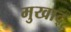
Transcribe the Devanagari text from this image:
मुखाद्